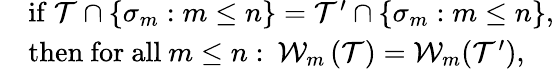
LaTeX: \begin{array}{rl}&{\mathrm{if~}\mathcal{T}\cap\left\{ \sigma_{m}:m\leq n\right\} =\mathcal{T}^{\prime}\cap\left\{ \sigma_{m}:m\leq n\right\} ,}\\ &{\mathrm{then~for~all~}m\leq n:\: \mathcal{W}_{m}\left(\mathcal{T}\right)=\mathcal{W}_{m}(\mathcal{T}^{\prime}),}\end{array}